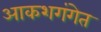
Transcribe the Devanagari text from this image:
आकशगंगेत